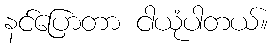
နင်ပြောတာ ငါယုံပါတယ်။